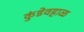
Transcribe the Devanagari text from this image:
कुंडेवहाळ